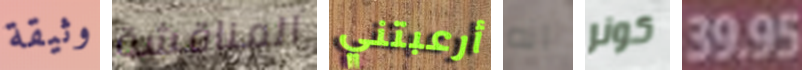
وثيقة المناقشة أرعبتني انه كونر 39.95